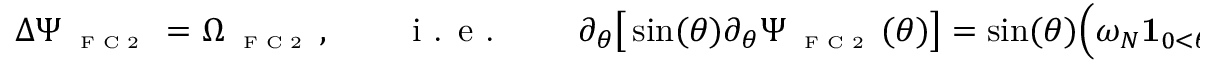
\Delta \Psi _ { \textnormal { \tiny { F C 2 } } } = \Omega _ { \textnormal { \tiny { F C 2 } } } , \qquad \textnormal { i . e . } \qquad \partial _ { \theta } \big [ \sin ( \theta ) \partial _ { \theta } \Psi _ { \textnormal { \tiny { F C 2 } } } ( \theta ) \big ] = \sin ( \theta ) \Big ( \omega _ { N } \mathbf { 1 } _ { 0 < \theta < \theta _ { 1 } } + \omega _ { C } \mathbf { 1 } _ { \theta _ { 1 } \leqslant \theta < \theta _ { 2 } } + \mathbf { 1 } _ { \theta _ { 2 } \leqslant \theta < \pi } \Big ) + \widetilde { \gamma } \sin ( 2 \theta ) .